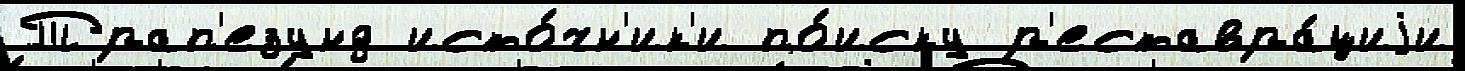
Трап'езунд исто́чн'ик'и по́иску р'еставра́циjи